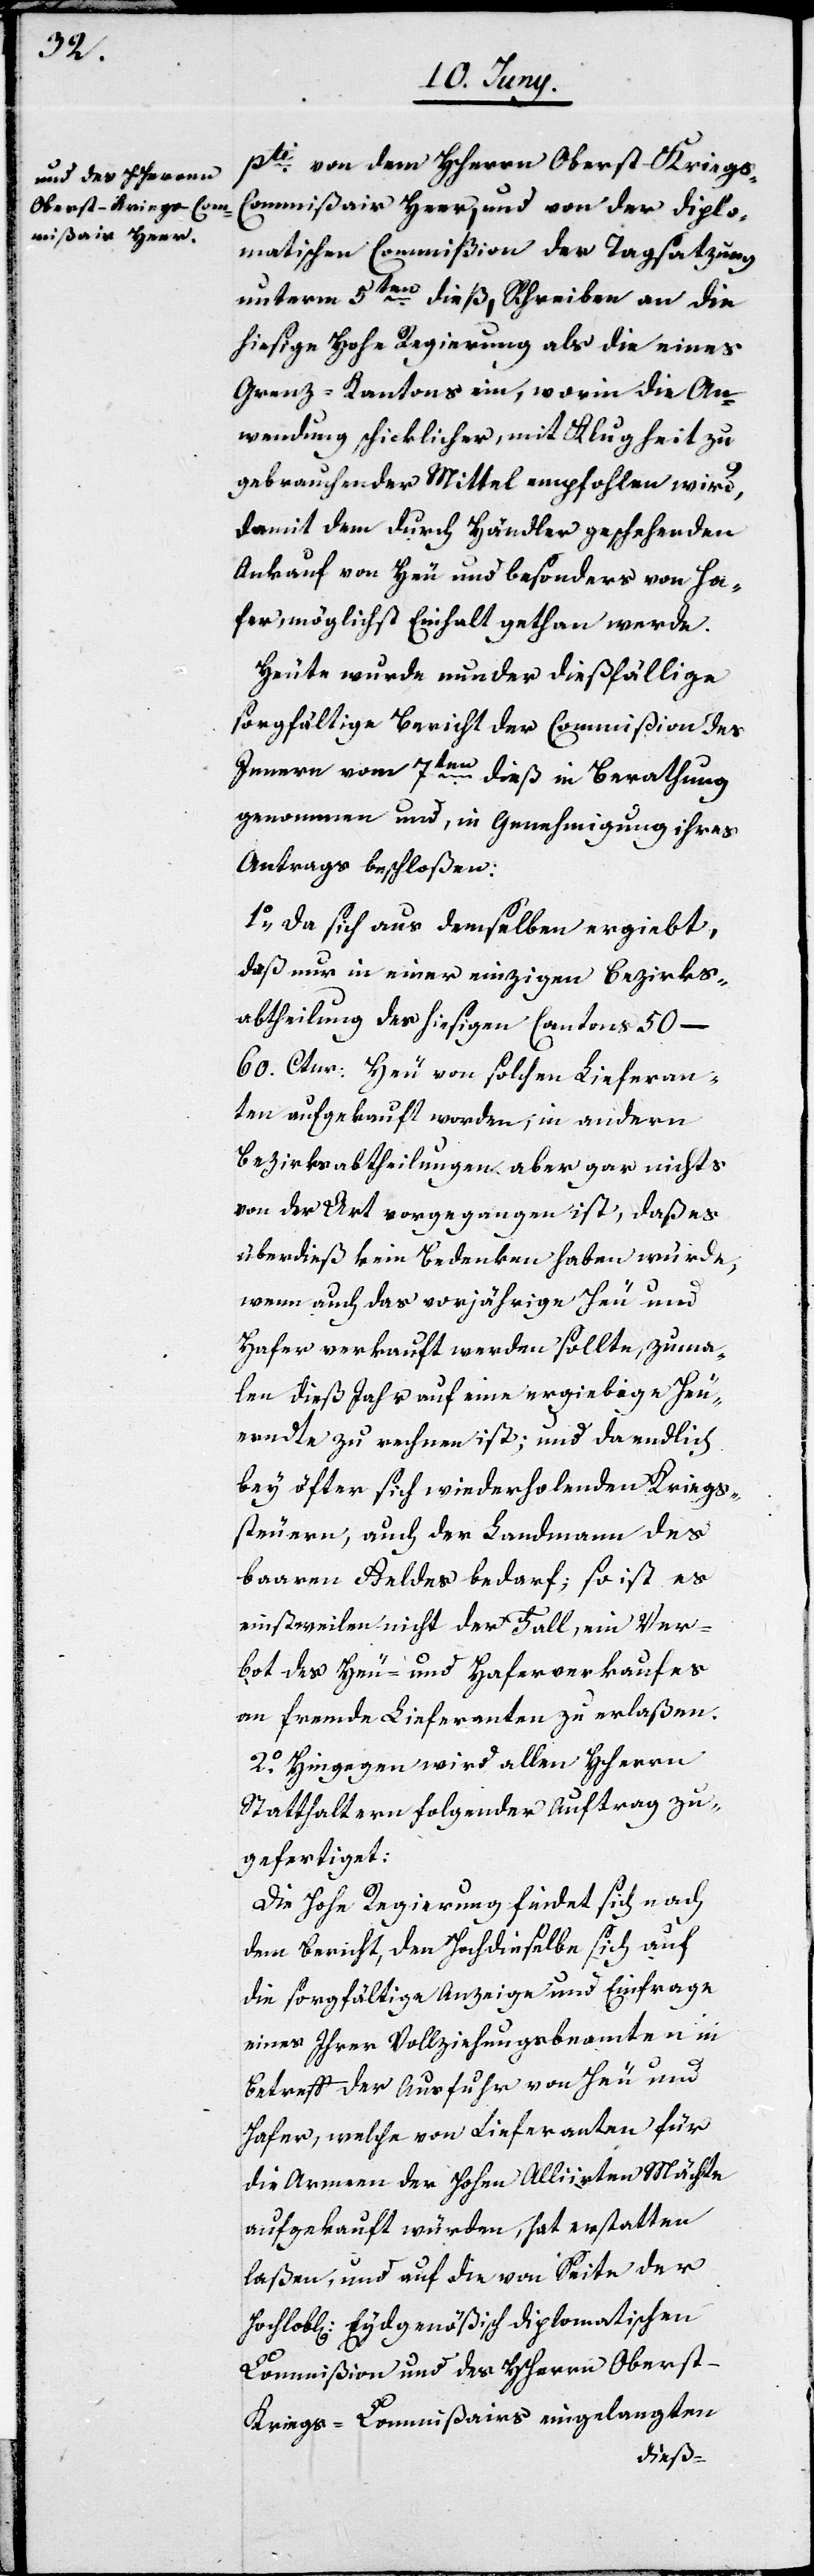
pti von dem HHerrn Oberst-Kriegs-C¬
ommißair Heer, und von der diplo¬
matischen Commißion der Tagsatzung
unterm 5ten dieß, Schreiben an die
hiesige Hohe Regierung als die eines
Grenz-Kantons ein, worin die An¬
wendung schicklicher, mit Klugheit zu
gebrauchender Mittel empfohlen wird,
damit dem durch Händler geschehenden
Ankauf von Heu und besonders von Ha¬
fer, möglichst Einhalt gethan werde.
Heute wurde nun der dießfällige
sorgfältige Bericht der Commißion des
Innern vom 7ten dieß in Berathung
genommen und, in Genehmigung ihres
Antrags beschloßen:
1o Da sich aus demselben ergiebt,
daß nur in einer einzigen Bezirks¬
abtheilung des hiesigen Cantons 50–60.
Ctnr. Heu und solche Lieferun¬
gen aufgekauft worden, in andern
Bezirksabtheilungen aber gar nichts
von der Art vorgegangen ist, daß es
überdieß kein Bedenken haben würde,
wenn auch das vorjährige Heu und
Hafer verkauft werden sollte, zuma¬
l dieß Jahr auf eine ergiebige Heu¬
ernte zu rechnen ist; und da endlich
bey öfter sich wiederholenden Kriegs¬
steuern, auch der Landmann des
baaren Geldes bedarf, so ist es
einstweilen nicht der Fall, ein Ver¬
bot des Heu- und Haferverkaufes
an fremde Lieferanten zu erlaßen.
2o Hingegen wird allen HHerrn
Statthaltern folgender Auftrag zu¬
gefertiget:
Die Hohe Regierung findet sich nach
dem Bericht, den Hochdieselbe sich auf
die sorgfältige Anzeige und Einfrage
eines Ihrer Vollziehungsbeamten in
Betreff der Ausfuhr von Heu und
Hafer, welche von Lieferanten für
die Armeen der Hohen Alliirten Mächte
aufgekauft würden, hat erstatten
laßen, und auf die von Seite der
Hochlob[lichen] Eydgenößisch Dipolmatischen
Commißion und des HHerrn Oberst-K¬
riegs-Commißairs eingelangten